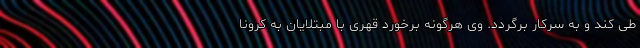
طی کند و به سرکار برگردد. وی هرگونه برخورد قهری با مبتلایان به کرونا